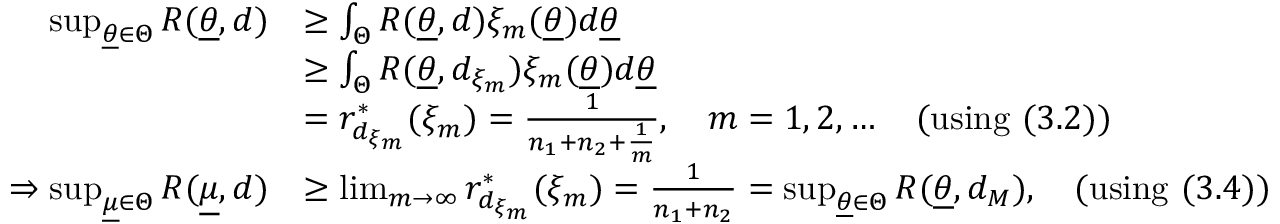
\begin{array} { r l } { \operatorname* { s u p } _ { \underline { { \theta } } \in \Theta } R ( \underline { { \theta } } , d ) } & { \geq \int _ { \Theta } R ( \underline { { \theta } } , d ) \xi _ { m } ( \underline { { \theta } } ) d \underline { { \theta } } } \\ & { \geq \int _ { \Theta } R ( \underline { { \theta } } , d _ { \xi _ { m } } ) \xi _ { m } ( \underline { { \theta } } ) d \underline { { \theta } } } \\ & { = r _ { d _ { \xi _ { m } } } ^ { * } ( \xi _ { m } ) = \frac { 1 } { n _ { 1 } + n _ { 2 } + \frac { 1 } { m } } , ~ ~ ~ m = 1 , 2 , \ldots ~ ~ ~ ( \mathrm { u s i n g } ~ ( 3 . 2 ) ) } \\ { \Rightarrow \operatorname* { s u p } _ { \underline { { \mu } } \in \Theta } R ( \underline { { \mu } } , d ) } & { \geq \operatorname* { l i m } _ { m \to \infty } r _ { d _ { \xi _ { m } } } ^ { * } ( \xi _ { m } ) = \frac { 1 } { n _ { 1 } + n _ { 2 } } = \operatorname* { s u p } _ { \underline { { \theta } } \in \Theta } R ( \underline { { \theta } } , d _ { M } ) , ~ ~ ~ ( \mathrm { u s i n g } ~ ( 3 . 4 ) ) } \end{array}